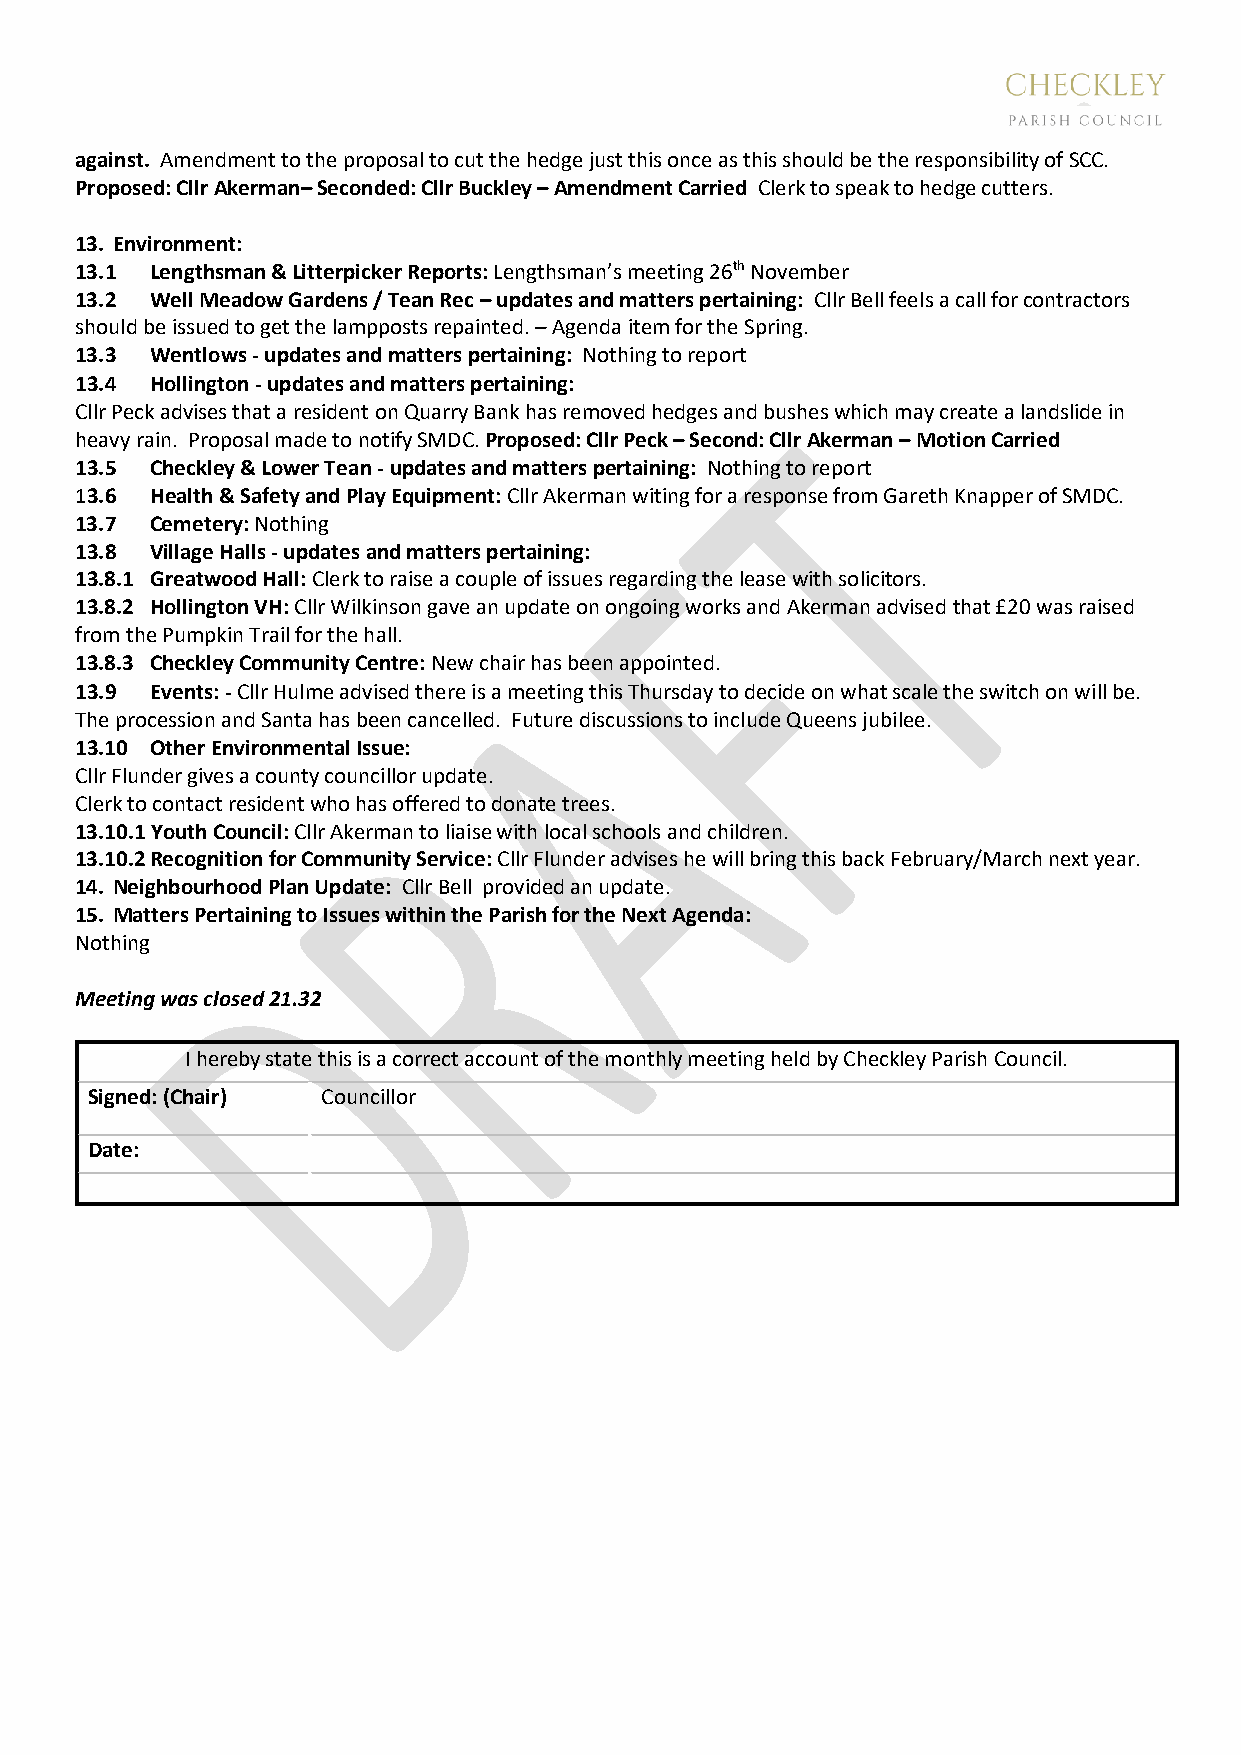
against. Amendment to the proposal to cut the hedge just this once as this should be the responsibility of SCC.
 Proposed: Cllr Akerman– Seconded: Cllr Buckley – Amendment Carried Clerk to speak to hedge cutters.
 13. Environment:
 13.1 Lengthsman & Litterpicker Reports: Lengthsman’s meeting 26th November
 13.2 Well Meadow Gardens / Tean Rec – updates and matters pertaining: Cllr Bell feels a call for contractors
 should be issued to get the lampposts repainted. – Agenda item for the Spring.
 13.3 Wentlows - updates and matters pertaining: Nothing to report
 13.4 Hollington - updates and matters pertaining:
 Cllr Peck advises that a resident on Quarry Bank has removed hedges and bushes which may create a landslide in
 heavy rain. Proposal made to notify SMDC. Proposed: Cllr Peck – Second: Cllr Akerman – Motion Carried
 13.5 Checkley & Lower Tean - updates and matters pertaining: Nothing to report
 13.6 Health & Safety and Play Equipment: Cllr Akerman witing for a response from Gareth Knapper of SMDC.
 13.7 Cemetery: Nothing
 13.8 Village Halls - updates and matters pertaining:
 13.8.1 Greatwood Hall: Clerk to raise a couple of issues regarding the lease with solicitors.
 13.8.2 Hollington VH: Cllr Wilkinson gave an update on ongoing works and Akerman advised that £20 was raised
 from the Pumpkin Trail for the hall.
 13.8.3 Checkley Community Centre: New chair has been appointed.
 13.9 Events: - Cllr Hulme advised there is a meeting this Thursday to decide on what scale the switch on will be.
 The procession and Santa has been cancelled. Future discussions to include Queens jubilee.
 13.10 Other Environmental Issue:
 Cllr Flunder gives a county councillor update.
 Clerk to contact resident who has offered to donate trees.
 13.10.1 Youth Council: Cllr Akerman to liaise with local schools and children.
 13.10.2 Recognition for Community Service: Cllr Flunder advises he will bring this back February/March next year.
 14. Neighbourhood Plan Update: Cllr Bell provided an update.
 15. Matters Pertaining to Issues within the Parish for the Next Agenda:
 Nothing
 Meeting was closed 21.32
 I hereby state this is a correct account of the monthly meeting held by Checkley Parish Council.
 Signed: (Chair) Councillor
 Date: